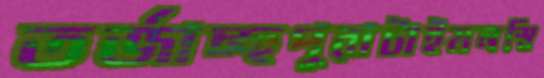
তর্জাচ্ছপুরাটাইমনস্বি